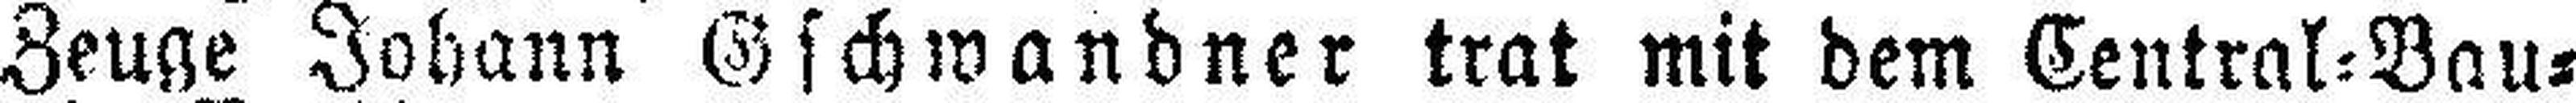
Zeuge Johann Gschwandner trat mit dem Central=Bau¬